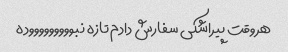
هروقت پیراشکی سفارش دادم تازه نبوووووووووده